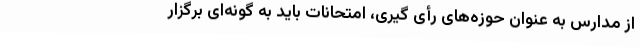
از مدارس به عنوان حوزه‌های رأی گیری، امتحانات باید به گونه‌ای برگزار